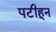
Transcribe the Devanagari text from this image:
पटीहून